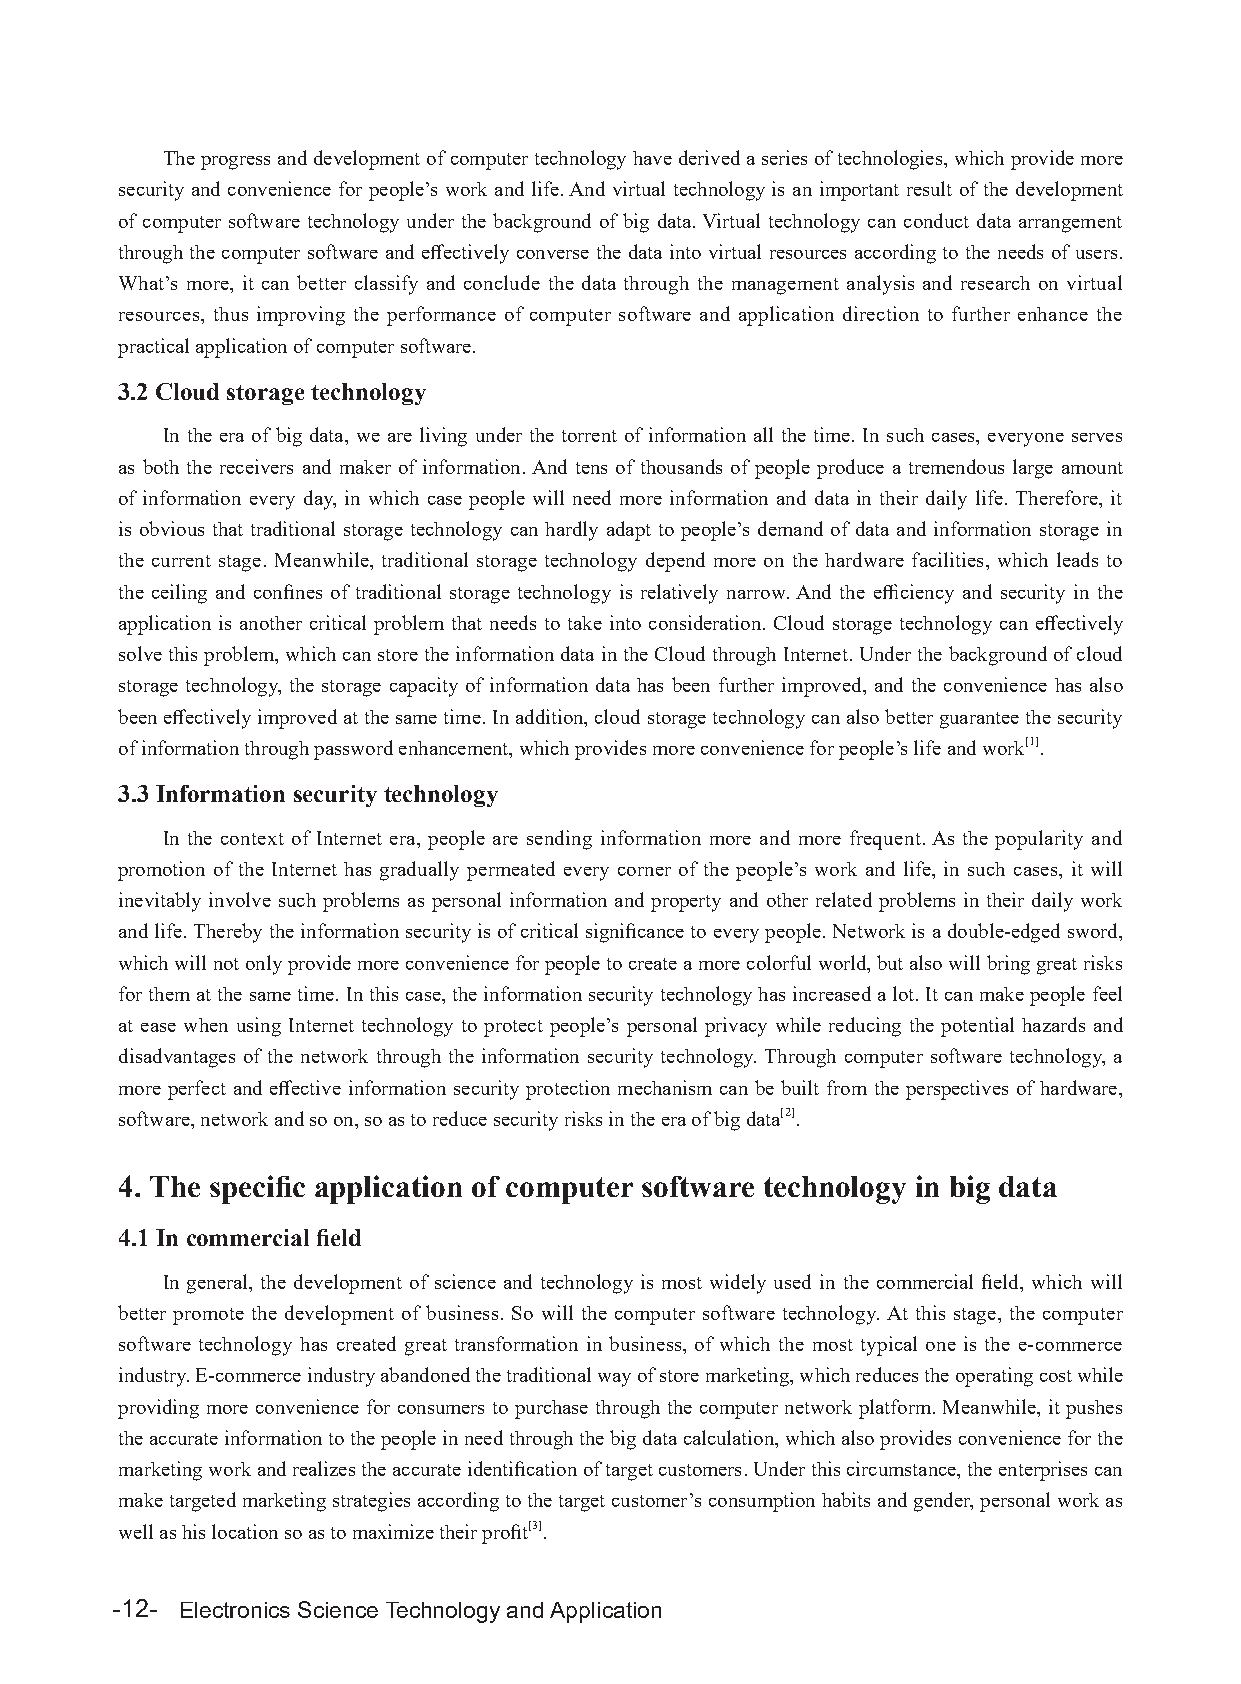
The progress and development of computer technology have derived a series of technologies, which provide more
 security and convenience for people’s work and life. And virtual technology is an important result of the development
 of computer software technology under the background of big data. Virtual technology can conduct data arrangement
 through the computer software and effectively converse the data into virtual resources according to the needs of users.
 What’s more, it can better classify and conclude the data through the management analysis and research on virtual
 resources, thus improving the performance of computer software and application direction to further enhance the
 practical application of computer software.
 3.2 Cloud storage technology
 In the era of big data, we are living under the torrent of information all the time. In such cases, everyone serves
 as both the receivers and maker of information. And tens of thousands of people produce a tremendous large amount
 of information every day, in which case people will need more information and data in their daily life. Therefore, it
 is obvious that traditional storage technology can hardly adapt to people’s demand of data and information storage in
 the current stage. Meanwhile, traditional storage technology depend more on the hardware facilities, which leads to
 the ceiling and confines of traditional storage technology is relatively narrow. And the efficiency and security in the
 application is another critical problem that needs to take into consideration. Cloud storage technology can effectively
 solve this problem, which can store the information data in the Cloud through Internet. Under the background of cloud
 storage technology, the storage capacity of information data has been further improved, and the convenience has also
 been effectively improved at the same time. In addition, cloud storage technology can also better guarantee the security
 of information through password enhancement, which provides more convenience for people’s life and work[1].
 3.3 Information security technology
 In the context of Internet era, people are sending information more and more frequent. As the popularity and
 promotion of the Internet has gradually permeated every corner of the people’s work and life, in such cases, it will
 inevitably involve such problems as personal information and property and other related problems in their daily work
 and life. Thereby the information security is of critical significance to every people. Network is a double-edged sword,
 which will not only provide more convenience for people to create a more colorful world, but also will bring great risks
 for them at the same time. In this case, the information security technology has increased a lot. It can make people feel
 at ease when using Internet technology to protect people’s personal privacy while reducing the potential hazards and
 disadvantages of the network through the information security technology. Through computer software technology, a
 more perfect and effective information security protection mechanism can be built from the perspectives of hardware,
 software, network and so on, so as to reduce security risks in the era of big data[2].
 4. The specific application of computer software technology in big data
 4.1 In commercial field
 In general, the development of science and technology is most widely used in the commercial field, which will
 better promote the development of business. So will the computer software technology. At this stage, the computer
 software technology has created great transformation in business, of which the most typical one is the e-commerce
 industry. E-commerce industry abandoned the traditional way of store marketing, which reduces the operating cost while
 providing more convenience for consumers to purchase through the computer network platform. Meanwhile, it pushes
 the accurate information to the people in need through the big data calculation, which also provides convenience for the
 marketing work and realizes the accurate identification of target customers. Under this circumstance, the enterprises can
 make targeted marketing strategies according to the target customer’s consumption habits and gender, personal work as
 well as his location so as to maximize their profit[3].
 -12- Electronics Science Technology and Application